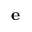
\textbf { e }